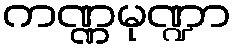
ကဏ္ဏမုဏ္ဍာ